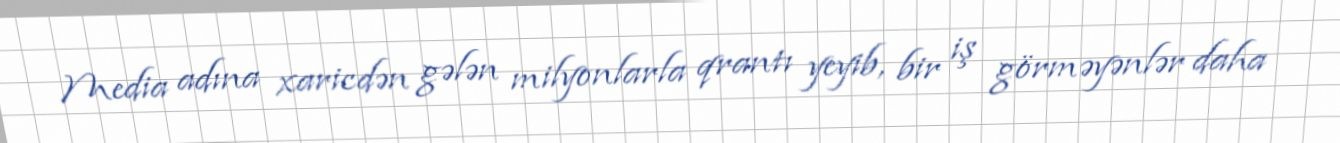
Media adına xaricdən gələn milyonlarla qrantı yeyib, bir iş görməyənlər daha